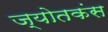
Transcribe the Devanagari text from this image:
ज्योतकंस